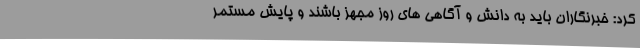
کرد: خبرنگاران باید به دانش و آگاهی های روز مجهز باشند و پایش مستمر